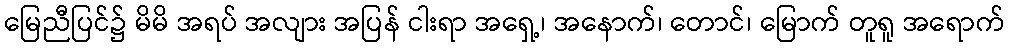
မြေညီပြင်၌ မိမိ အရပ် အလျား အပြန် ငါးရာ အရှေ့၊ အနောက်၊ တောင်၊ မြောက် တူရူ အရောက်